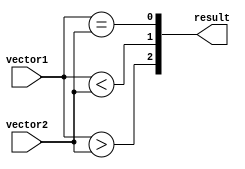
module comparator(
    input [63:0] vector1,
    input [63:0] vector2,
    output [2:0] result
);

wire [63:0] equal; // 1 indicates bits are equal
wire [63:0] greater; // 1 indicates vector1 bit is greater than vector2 bit
wire [63:0] less; // 1 indicates vector1 bit is less than vector2 bit

// Perform bitwise comparison
assign equal = vector1 == vector2;
assign greater = vector1 > vector2;
assign less = vector1 < vector2;

// Generate output based on comparison results
assign result[2] = |greater; // If any bit in greater is 1, set result to 1
assign result[1] = |less; // If any bit in less is 1, set result to 1
assign result[0] = |equal; // If any bit in equal is 1, set result to 1

endmodule